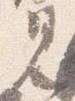
見